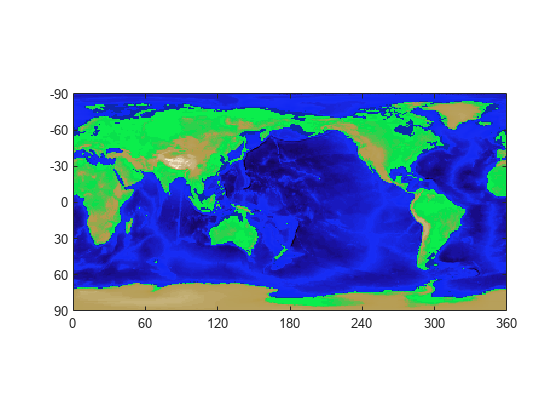
matlab, contour, colormap